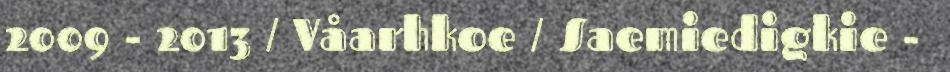
2009 - 2013 / Våarhkoe / Saemiedigkie -